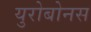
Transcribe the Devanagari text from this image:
युरोबोनस